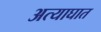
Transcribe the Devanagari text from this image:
अत्याघात